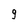
Character: 9